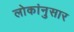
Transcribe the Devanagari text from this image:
लोकांनुसार